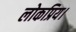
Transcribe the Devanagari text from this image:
लोकप्रिय।